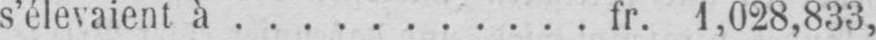
s’élevaient à ........... fr. 1,028,833,